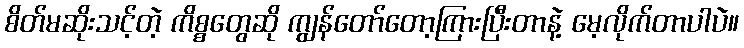
စိတ်မဆိုးသင့်တဲ့ ကိစ္စတွေဆို ကျွန်တော်တော့ကြားပြီးတာနဲ့ မေ့လိုက်တာပါပဲ။